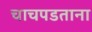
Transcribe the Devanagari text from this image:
चाचपडताना